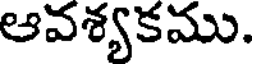
ఆవశ్యకము.